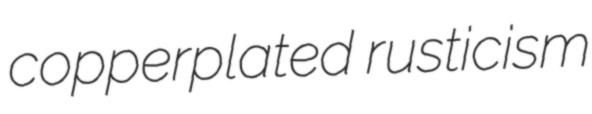
copperplated rusticism